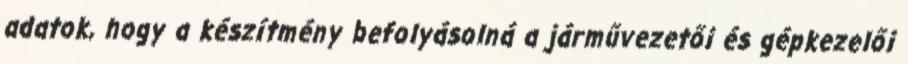
adatok, hogy a készítmény befolyásolná a járművezetői és gépkezelői